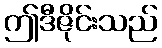
ဤဒီဇိုင်းသည်